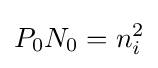
{P}_{0}{N}_{0}={n}_{i}^{2}